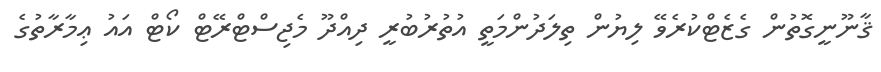
ޤާނޫނީގޮތުން ގެޒެޓްކުރެވޭ ލިޔުން ތިލަދުންމަތީ އުތުރުބުރީ ދިއްދޫ މެޖިސްޓްރޭޓް ކޯޓް އައު ޢިމާރާތުގެ